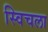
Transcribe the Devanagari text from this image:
स्विचला